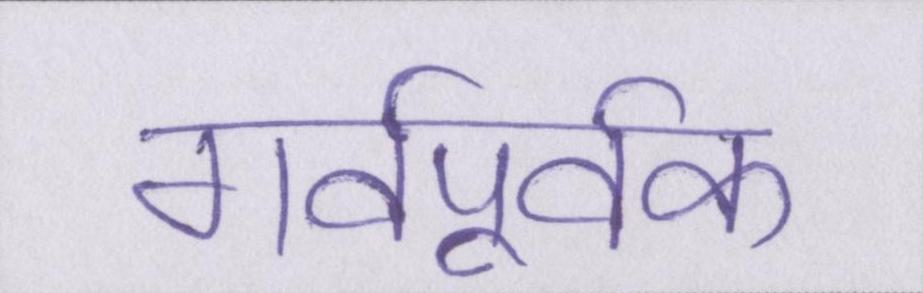
गर्वपूर्वक